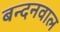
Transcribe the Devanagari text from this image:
बन्दनवाल